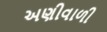
અણીવાળી